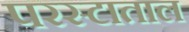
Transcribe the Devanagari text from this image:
परस्टाताल